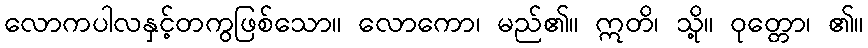
လောကပါလနှင့်တကွဖြစ်သော။ လောကော၊ မည်၏။ ဣတိ၊ သို့။ ဝုတ္တော၊ ၏။